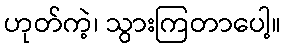
ဟုတ်ကဲ့၊ သွားကြတာပေါ့။